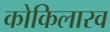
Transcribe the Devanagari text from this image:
कोकिलारव